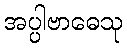
အပ္ပါဗာဓေသု